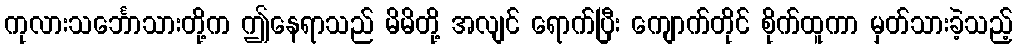
ကုလားသင်္ဘောသားတို့က ဤနေရာသည် မိမိတို့ အလျင် ရောက်ပြီး ကျောက်တိုင် စိုက်ထူကာ မှတ်သားခဲ့သည့်